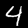
Digit: 4